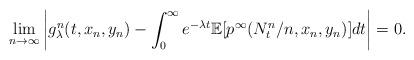
LaTeX: \begin{align*}\lim_{n\to \infty} \left|g_{\lambda}^n(t,x_n,y_n)- \int_0^{\infty}e^{-\lambda t} \mathbb{E}[p^{\infty}(N_{t}^n/n,x_n,y_n)]dt \right|=0. \end{align*}